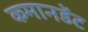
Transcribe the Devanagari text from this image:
कमानडेंट